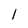
Character: I